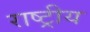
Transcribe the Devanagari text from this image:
राष्ट्रीय